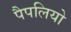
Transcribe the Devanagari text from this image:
पैपलियो